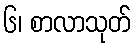
၆၊ စာလာသုတ်